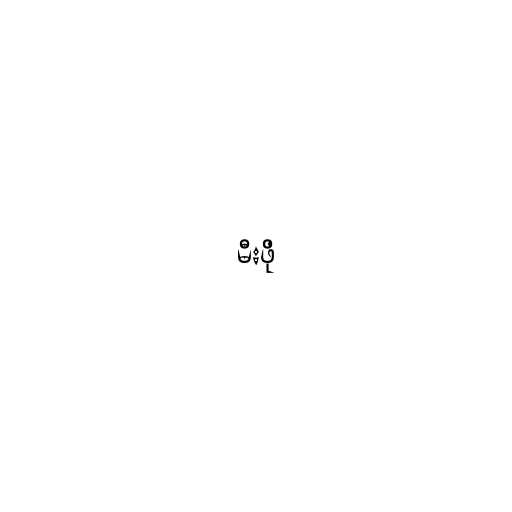
မီးဖို